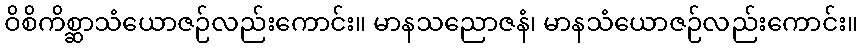
ဝိစိကိစ္ဆာသံယောဇဉ်လည်းကောင်း။ မာနသညောဇနံ၊ မာနသံယောဇဉ်လည်းကောင်း။